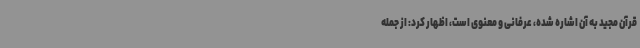
قرآن مجید به آن اشاره شده، عرفانی و معنوی است، اظهار کرد: از جمله